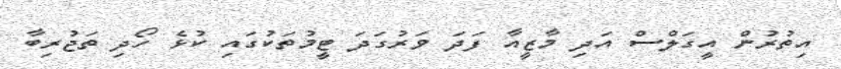
އިތުރުން އީގަލްސް އަދި މާޒީއާ ފަދަ ވަރުގަދަ ޓީމުތަކުގައި ކުޅެ ހޯދި ތަޖުރިބާ